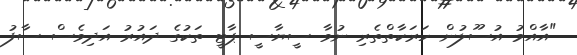
"އާއްމު އުސޫލުން ހަރަކާތްތެރި ނުވާ ސީޔާސީ ޕާޓީ ތަކުގެ ދައުރު އަދިވެސް ސާފު